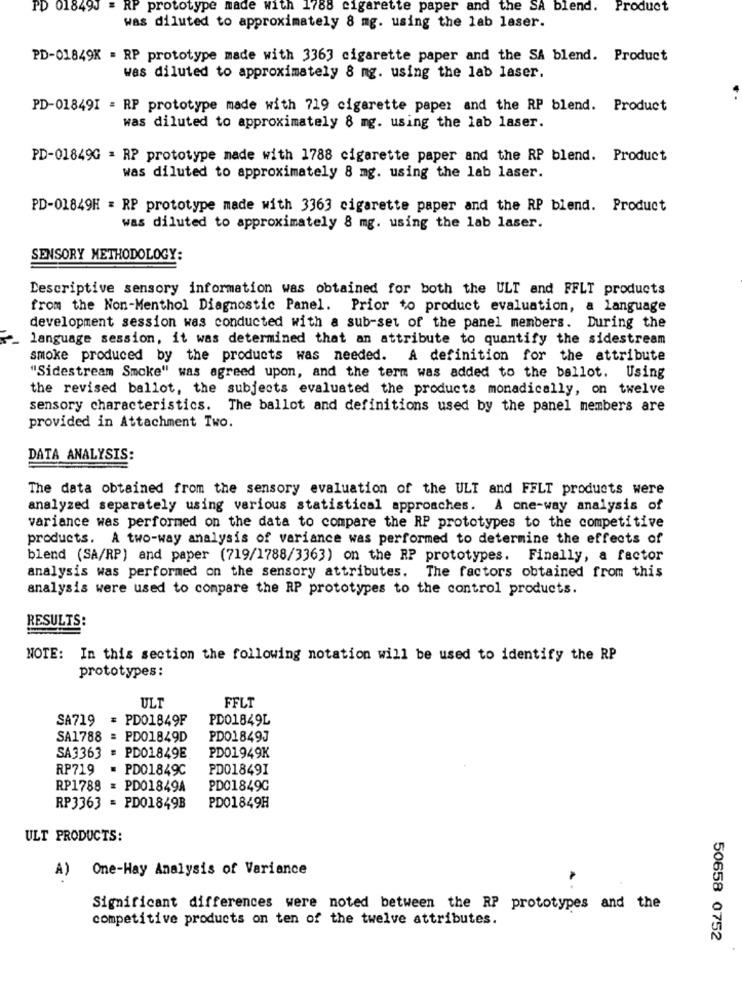
PD 01849J
RP prototype made with
788 cigarette paper and the SA blend. Product
was diluted to approximately 8 mg. using the lab laser.
PD-01849K = RP prototype made with 3363 cigarette paper and the SA blend. Product
was diluted to approximately 8 mg. using the lab laser.
PD-01849I = RP prototype made with 719 cigarette paper and the RP blend. Product
was diluted to approximately 8 mg. using the lab laser.
PD-01849G = RP prototype made with 1788 cigarette paper and the RP blend. Product
was diluted to approximately 8 mg. using the lab laser.
PD-01849H = RP prototype made with 3363 cigarette paper and the RP blend. Product
was diluted to approximately 8 mg. using the lab laser.
SENSORY METHODOLOGY:
Descriptive sensory information was obtained for both the ULT and FFLT products
from the Non-Menthol Diagnostic Panel. Prior to product evaluation, a language
development session was conducted with a sub-set of the panel members. During the
language session, it was determined that an attribute to quantify the sidestream
smoke produced by the products was needed. A definition for the attribute
"Sidestream Smoke" was agreed upon, and the term was added to the ballot. Using
the revised ballot, the subjects evaluated the products monadically, on twelve
sensory characteristics. The ballot and definitions used by the panel members are
provided in Attachment Two.
DATA ANALYSIS:
The data obtained from the sensory evaluation of the ULT and FFLT products were
analyzed separately using various statistical approaches. A one-way analysis of
variance was performed on the data to compare the RP prototypes to the competitive
products. A two-way analysis of variance was performed to determine the effects of
blend (SA/RP) and paper (719/1788/3363) on the RP prototypes. Finally, a factor
analysis was performed on the sensory attributes. The factors obtained from this
analysis were used to compare the RP prototypes to the control products.
RESULTS:
NOTE: In this section the following notation will be used to identify the RP
prototypes:
ULI
FFLT
SA719 = PD01849F
PD01849L
SA1788 = PD01849D
PDO1849J
SA3363 = PD01849E
PD01949K
RP719
= PD01849C
PD01849I
RP1788 = PD01849A
PD01849G
RP3363 = PD01849B
PD01849H
ULT PRODUCTS:
A)
One-Hay Analysis of Variance
Significant differences were noted between the RP prototypes and the
competitive products on ten of the twelve attributes.
50658 0752